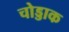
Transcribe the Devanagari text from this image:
चोड्डाक